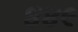
૪૪૯